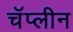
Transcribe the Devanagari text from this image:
चॅप्लीन